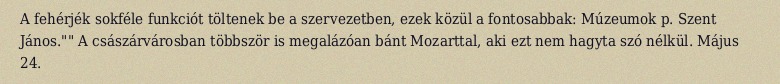
A fehérjék sokféle funkciót töltenek be a szervezetben, ezek közül a fontosabbak: Múzeumok p. Szent János."" A császárvárosban többször is megalázóan bánt Mozarttal, aki ezt nem hagyta szó nélkül. Május 24.